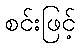
စင်းဖြင့်